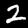
Digit: 2